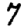
Digit: 7